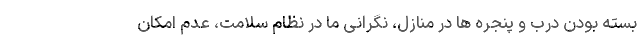
بسته بودن درب و پنجره ها در منازل، نگرانی ما در نظام سلامت، عدم امکان